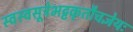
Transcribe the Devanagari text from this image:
स्वस्वसूत्रेभट्टकृतौचज्ञेयः